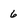
Character: 6